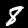
Digit: 8